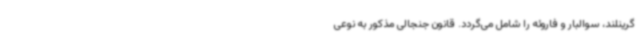
گرینلند، سوالبار و فاروئه را شامل می‌گردد. قانون جنجالی مذکور به نوعی